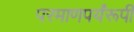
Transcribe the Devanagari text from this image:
परमाणपर्यंरूपी